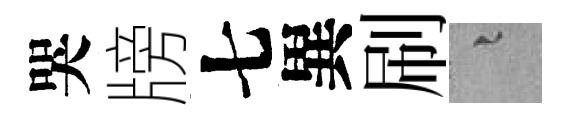
哭牓七異刷融